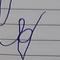
Signature authenticity: forged